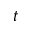
t